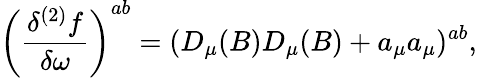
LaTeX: \left(\frac{\delta^{(2)}f}{\delta\omega}\right)^{ab}=(D_{\mu}(B)D_{\mu}(B)+a_{\mu}a_{\mu})^{ab},